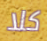
كلا